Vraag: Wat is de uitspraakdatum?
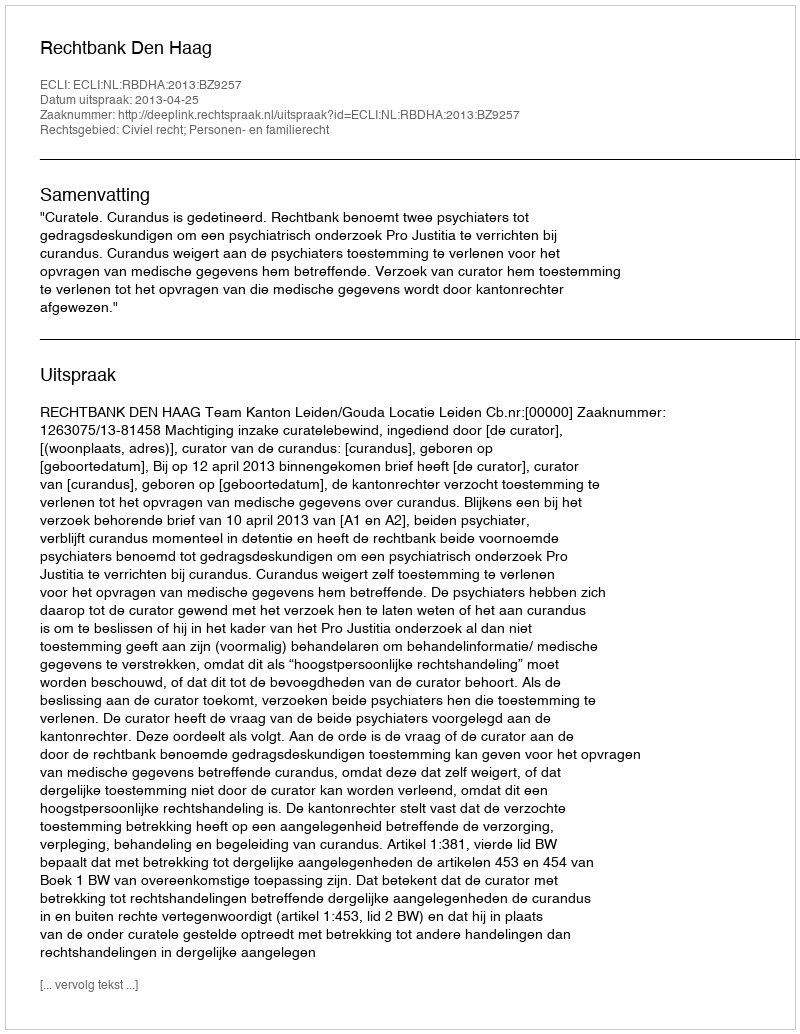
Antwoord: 2013-04-25